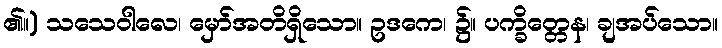
၏။) သသေဝါလေ၊ မှော်အတိရှိသော။ ဥဒကေ၊ ၌။ ပက္ခိတ္တေန၊ ချအပ်သော။